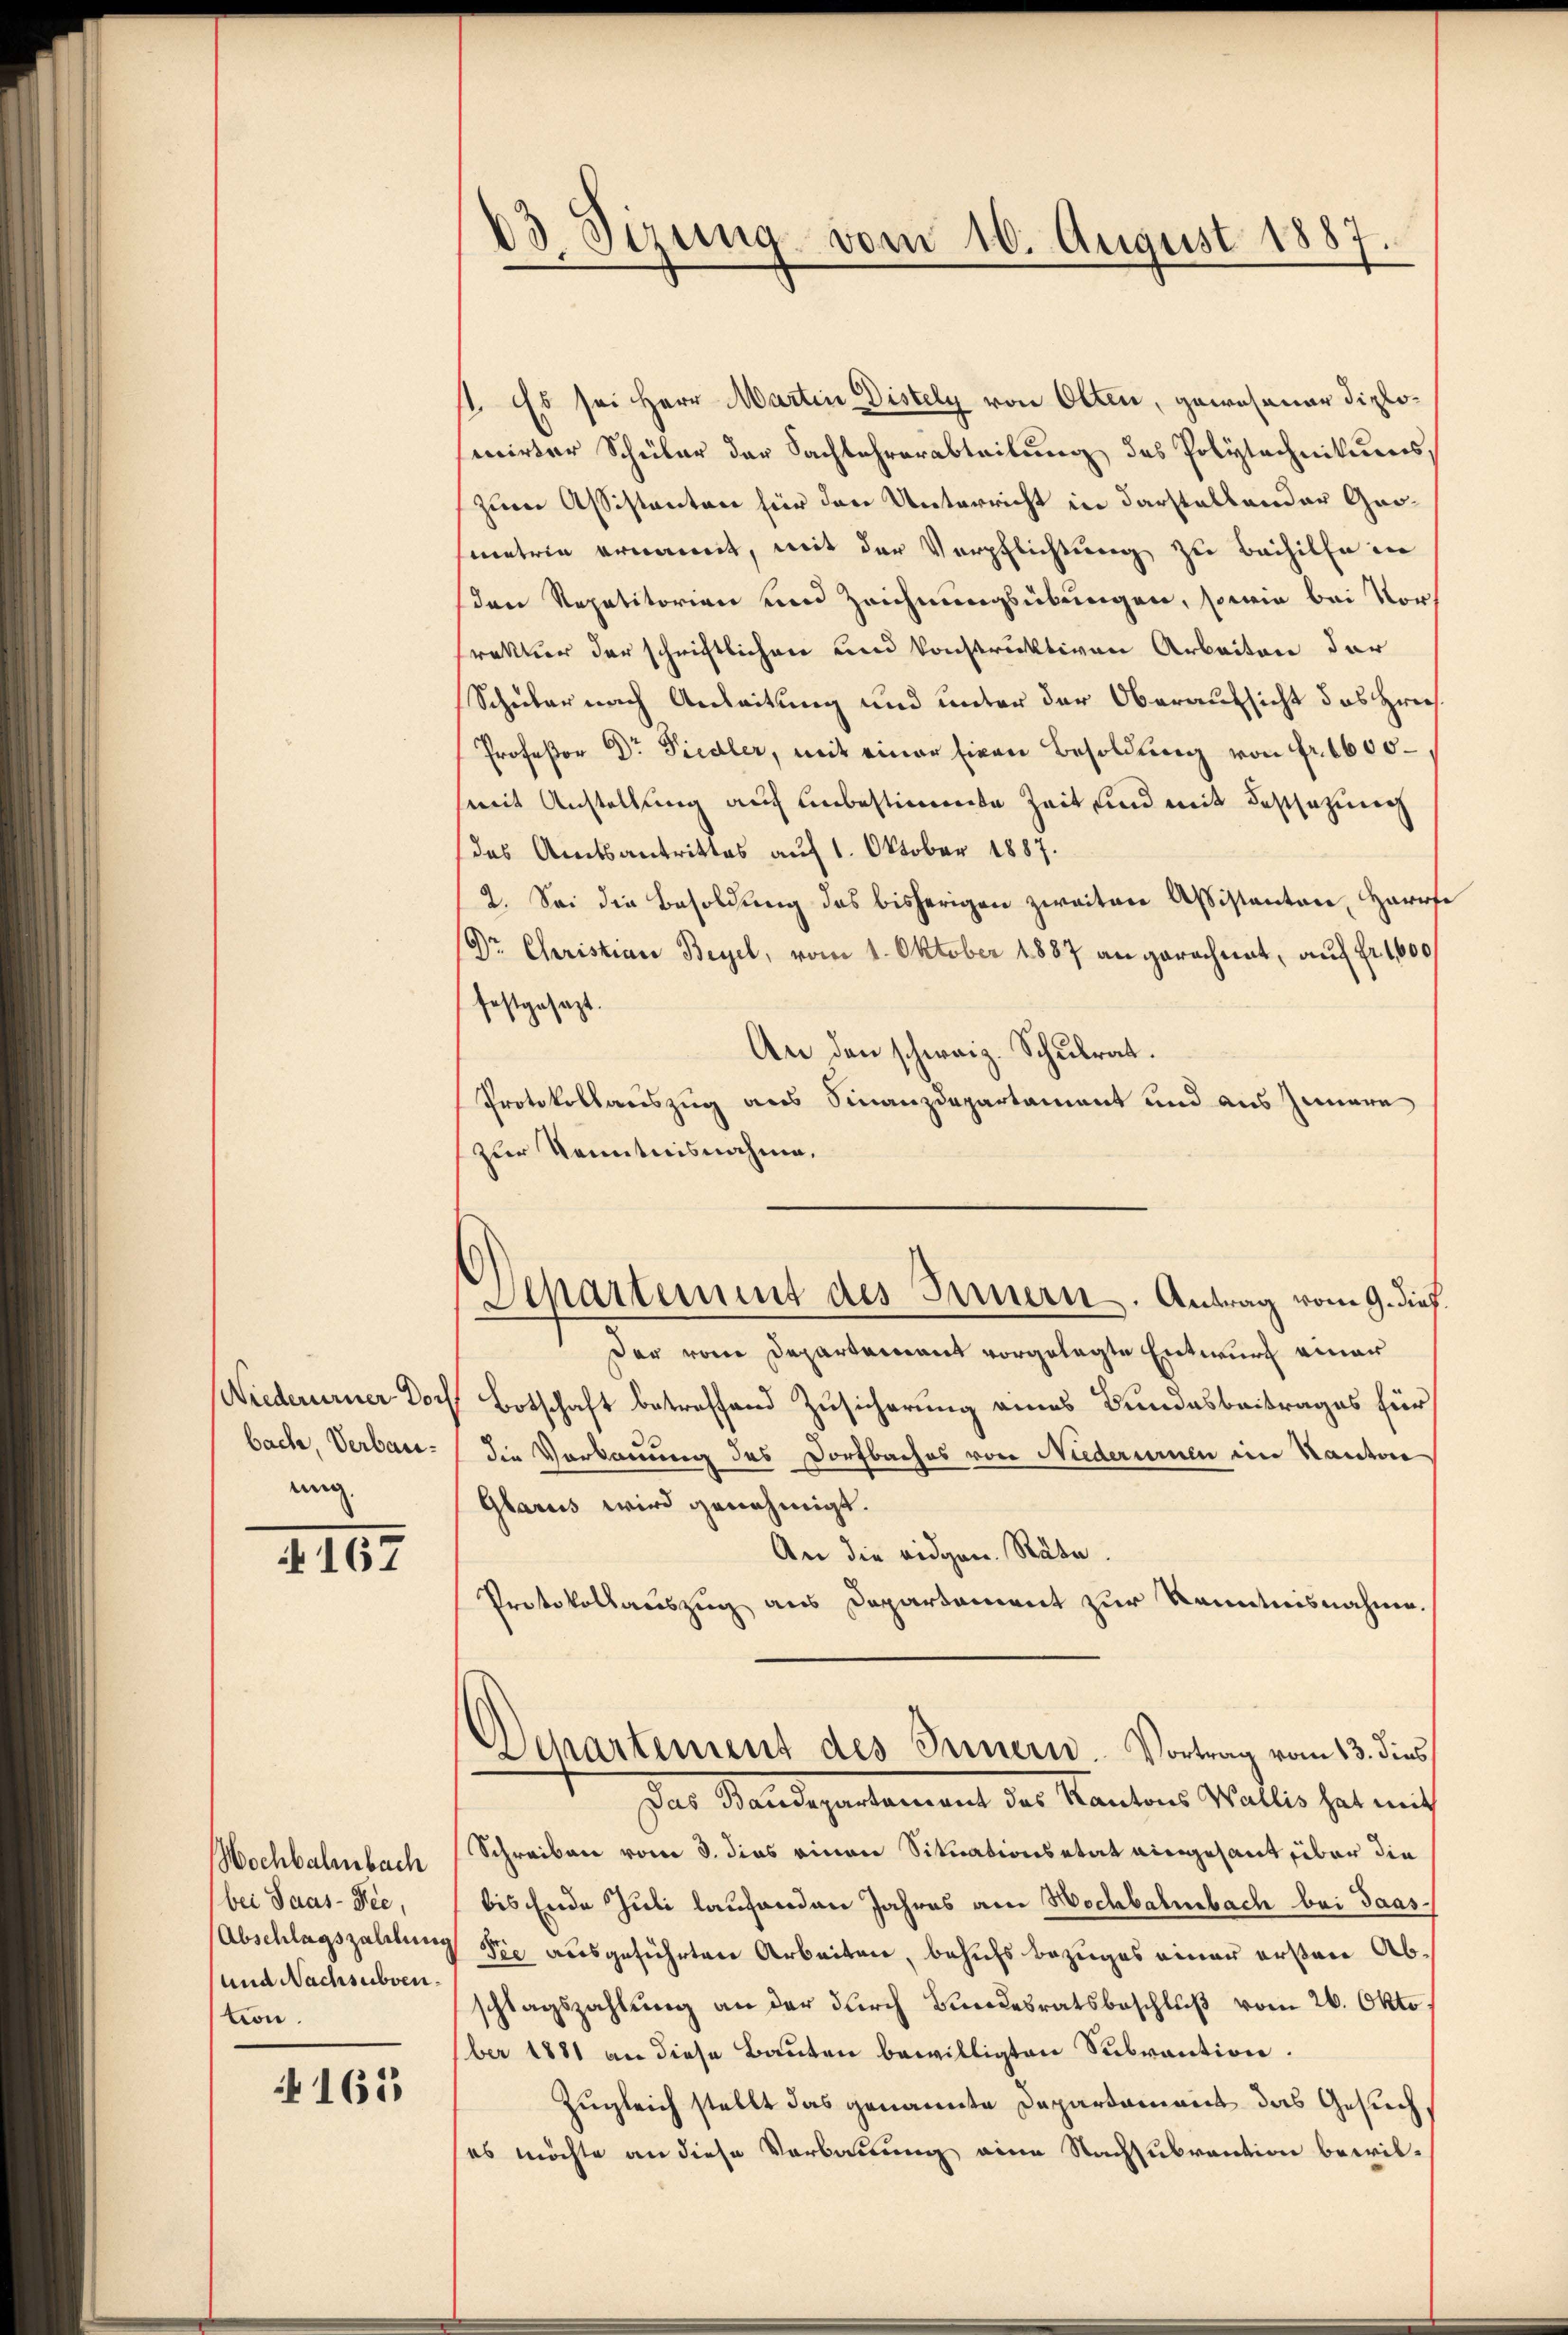
(Wiederurner Doch
bach, Verbauung.

I. 167

Wochbalmbach
bei Jaas-Vie,
Abschlagszahlung
und Nachsubvention.

165

03. Sizung vom 10. August 1887.

Separtement des Innern. Antrag vom 9. dieß.

11. Es sei Herr Martin Distely von Olten, gewesener Diplosecirter Schüler der Sachlehrerabteilung des Polytechnikums,
zum Assistanten für den Unterricht in darstellender Grometrie ernannt, mit der Verpflichtung zu Beihilfe in
(den Repetitorien und Zeichnungsübungen, sowie bei Vorrektur der schriftlichen und konstruktiven Arbeiten der
Schuber nach Anleitung und unter der Oberaufsicht das Preis¬
Professor Dr Piedler, mit einer Eigen Besoldung von Fr. 1600
mit Anstellung auf unbestimmte Zeit und mit Festsezung
das Amtsantrittes auf 1. Oktober 1887.
2. Sei die Besoldŭng des bisherigen zweiten Assistanton, Harrf
Dr. Christian Beyel, vom 1. Oktober 1887 an gerechnet, auf fr. 1600
festgesezt.
An den schweiz. Schulrat.
Protokollauszug aus Finanzdepartament und aus Innern
zur Kenntnisnahme.
Der vom Departement vorgelegte Entwurf einer
Botschaft betreffend Zusicherung eines Bundesbeitrages für
die Verkannung des Dorfbaches von Niederumen im Kanton
Glarus wird genehmigt.
An die eidgen. Räte.
Protokollauszug aus Departement zur Kenntnisnahme.
Departement des Innern. Vortrag vom 13. dies
Das Staudepartement der Kantons Wallis hat mit
Schreiben vom 3. dies einen Situationsetat eingesamt über die
bis Ende Juli laufenden Jahres am Hochbahnbach bei Taas¬
Sie ausgeführten Arbeiten, behufs bezuges einer ersten Abschlagszahlung an der durch Bundesratsbeschluß vom 26. Okto
ber 1881 an diese Bauten bewilligten Subvention.
Zugleich stellt das genannte Departament das Gesuch,
es möchte an diese Verbauung eine Nachsubvention bewil¬